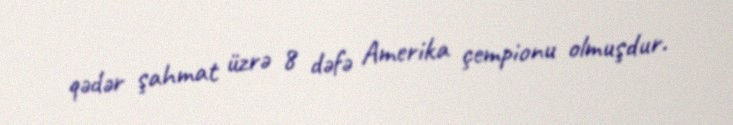
qədər şahmat üzrə 8 dəfə Amerika çempionu olmuşdur.